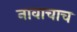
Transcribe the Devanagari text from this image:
नावाचाच